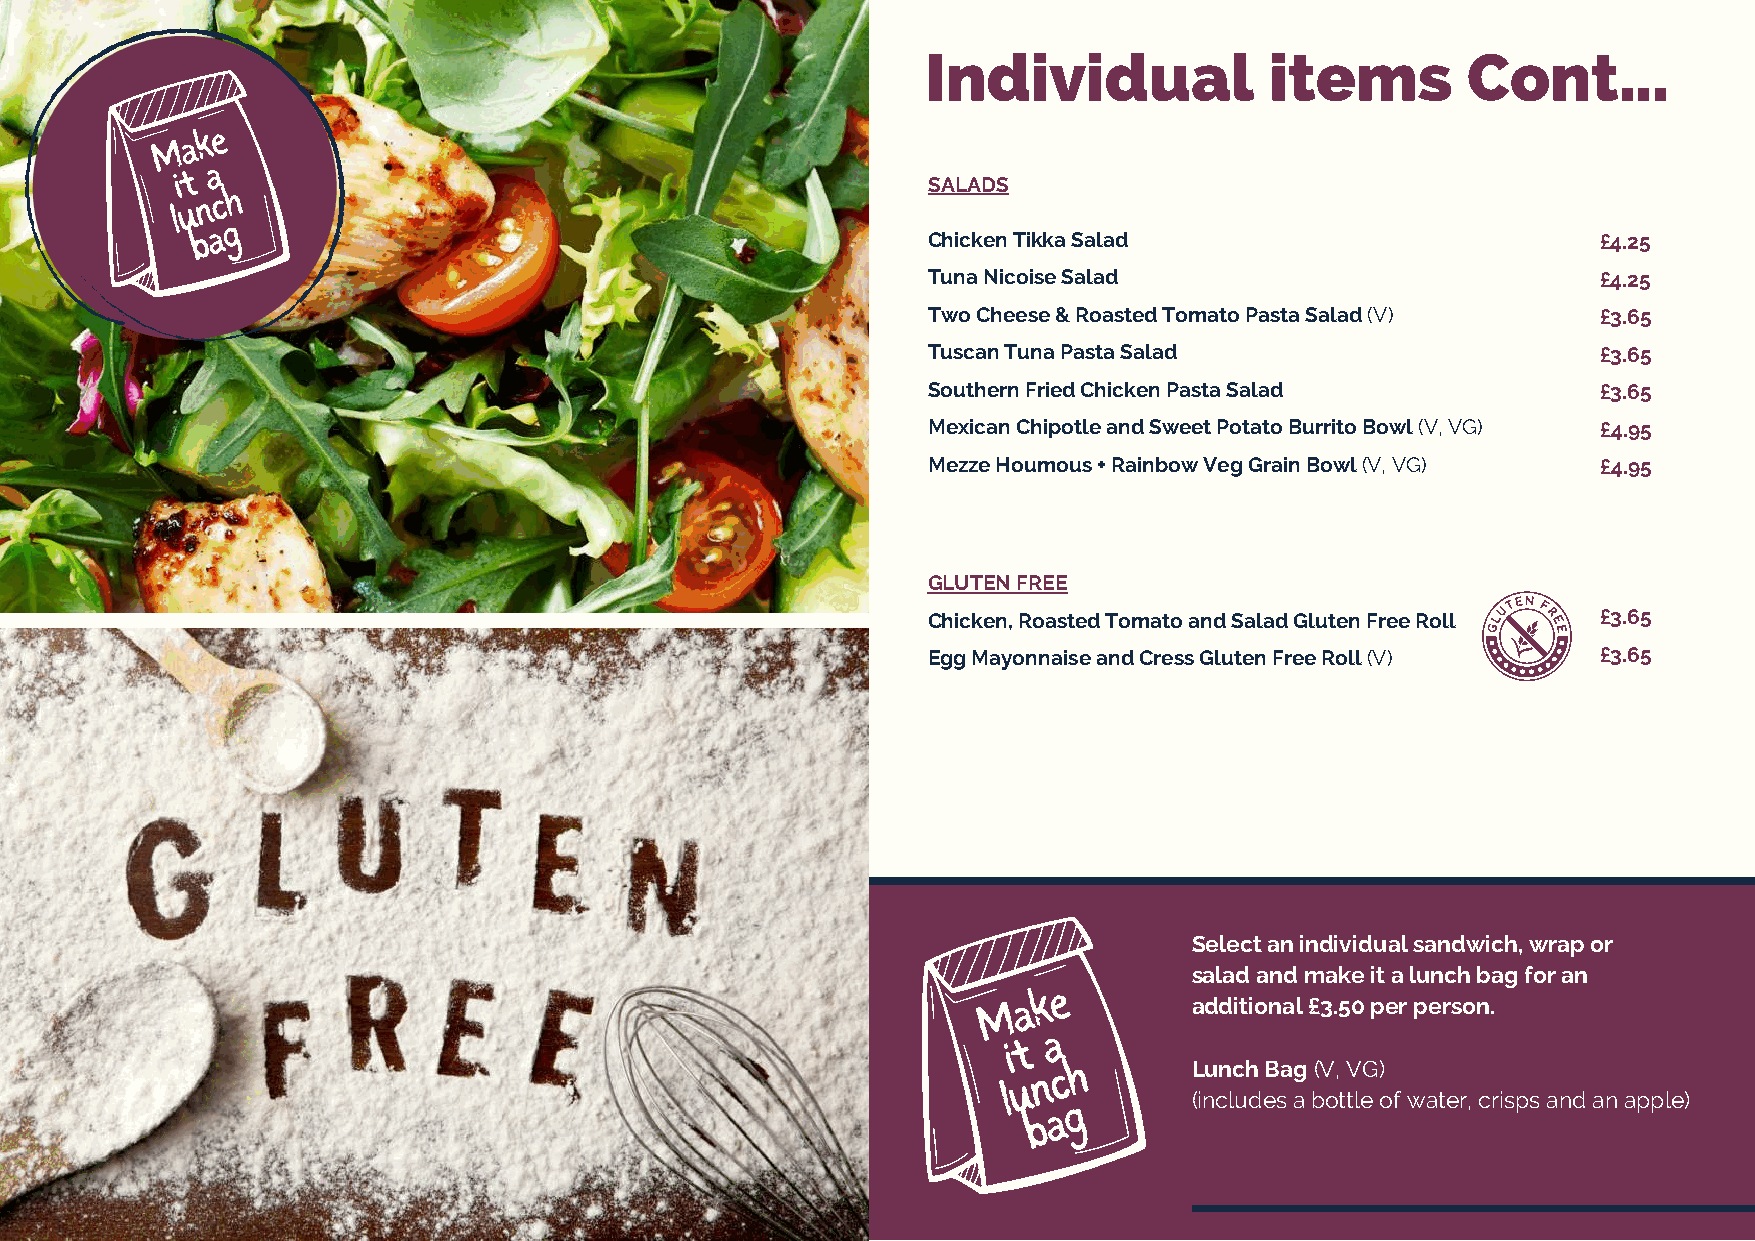
Individual             items        Cont...
 M a k e
 it
 a
 SALADS
 lu n c h
 b a g                                           Chicken Tikka Salad                          £4.25
 Tuna Nicoise Salad                           £4.25
 Two Cheese & Roasted Tomato Pasta Salad (V)  £3.65
 Tuscan Tuna Pasta Salad                      £3.65
 Southern Fried Chicken Pasta Salad           £3.65
 Mexican Chipotle and Sweet Potato Burrito Bowl (V, VG) £4.95
 Mezze Houmous + Rainbow Veg Grain Bowl (V, VG) £4.95
 GLUTEN FREE
 Chicken, Roasted Tomato and Salad Gluten Free Roll £3.65
 Egg Mayonnaise and Cress Gluten Free Roll (V) £3.65
 Select an individual sandwich, wrap or
 salad and make it a lunch bag for an
 M a k e       additional £3.50 per person.
 i t
 a
 l u n c h   Lunch Bag (V, VG)
 (includes a bottle of water, crisps and an apple)
 b a g